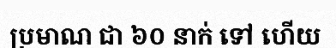
ប្រមាណ ជា ៦០ នាក់ ទៅ ហើយ